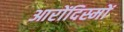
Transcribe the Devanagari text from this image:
आरोंदिस्मों